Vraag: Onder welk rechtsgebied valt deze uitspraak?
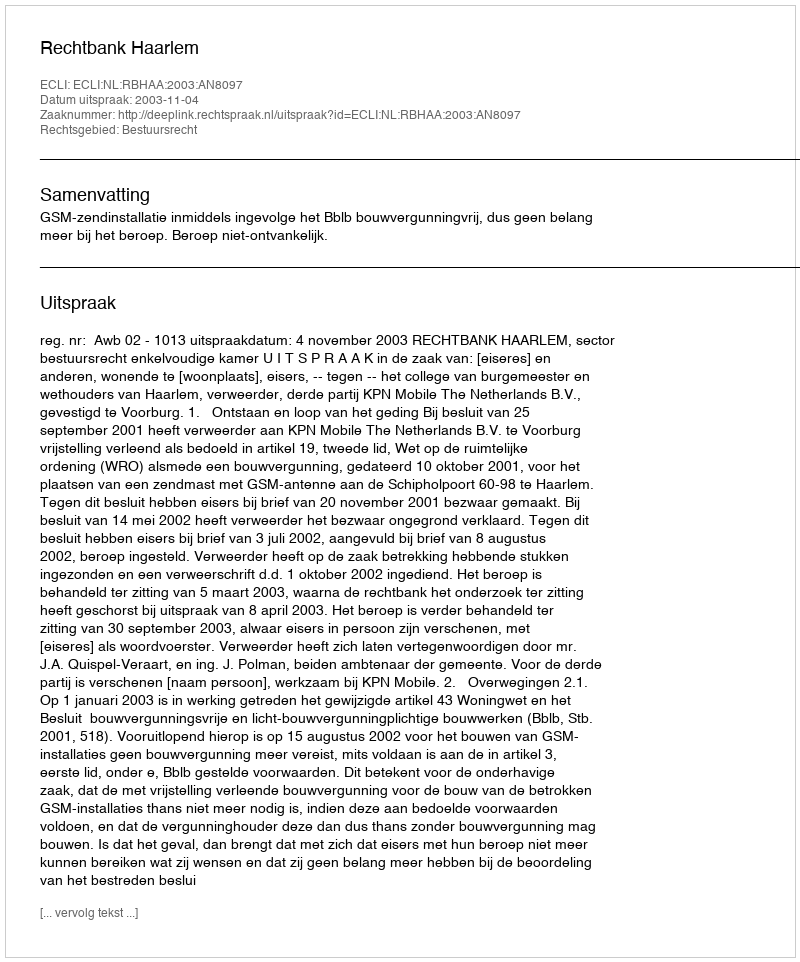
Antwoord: Bestuursrecht